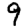
Digit: 9